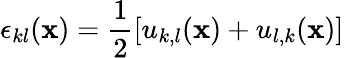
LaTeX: \epsilon_{kl}({\mathbf x})=\frac{1}{2}\left[u_{k,l}({\mathbf x})+u_{l,k}({\mathbf x})\right]